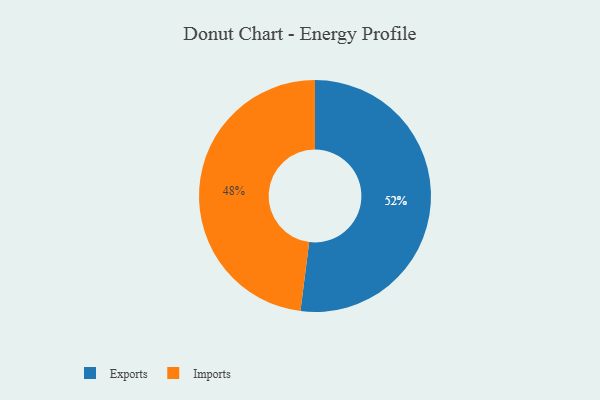
{"axis": {"x": "Category", "y": "Percentage"}, "legend": ["Exports", "Imports"], "data": [{"x": "Imports", "y": 48, "type": "Imports"}, {"x": "Exports", "y": 52, "type": "Exports"}]}